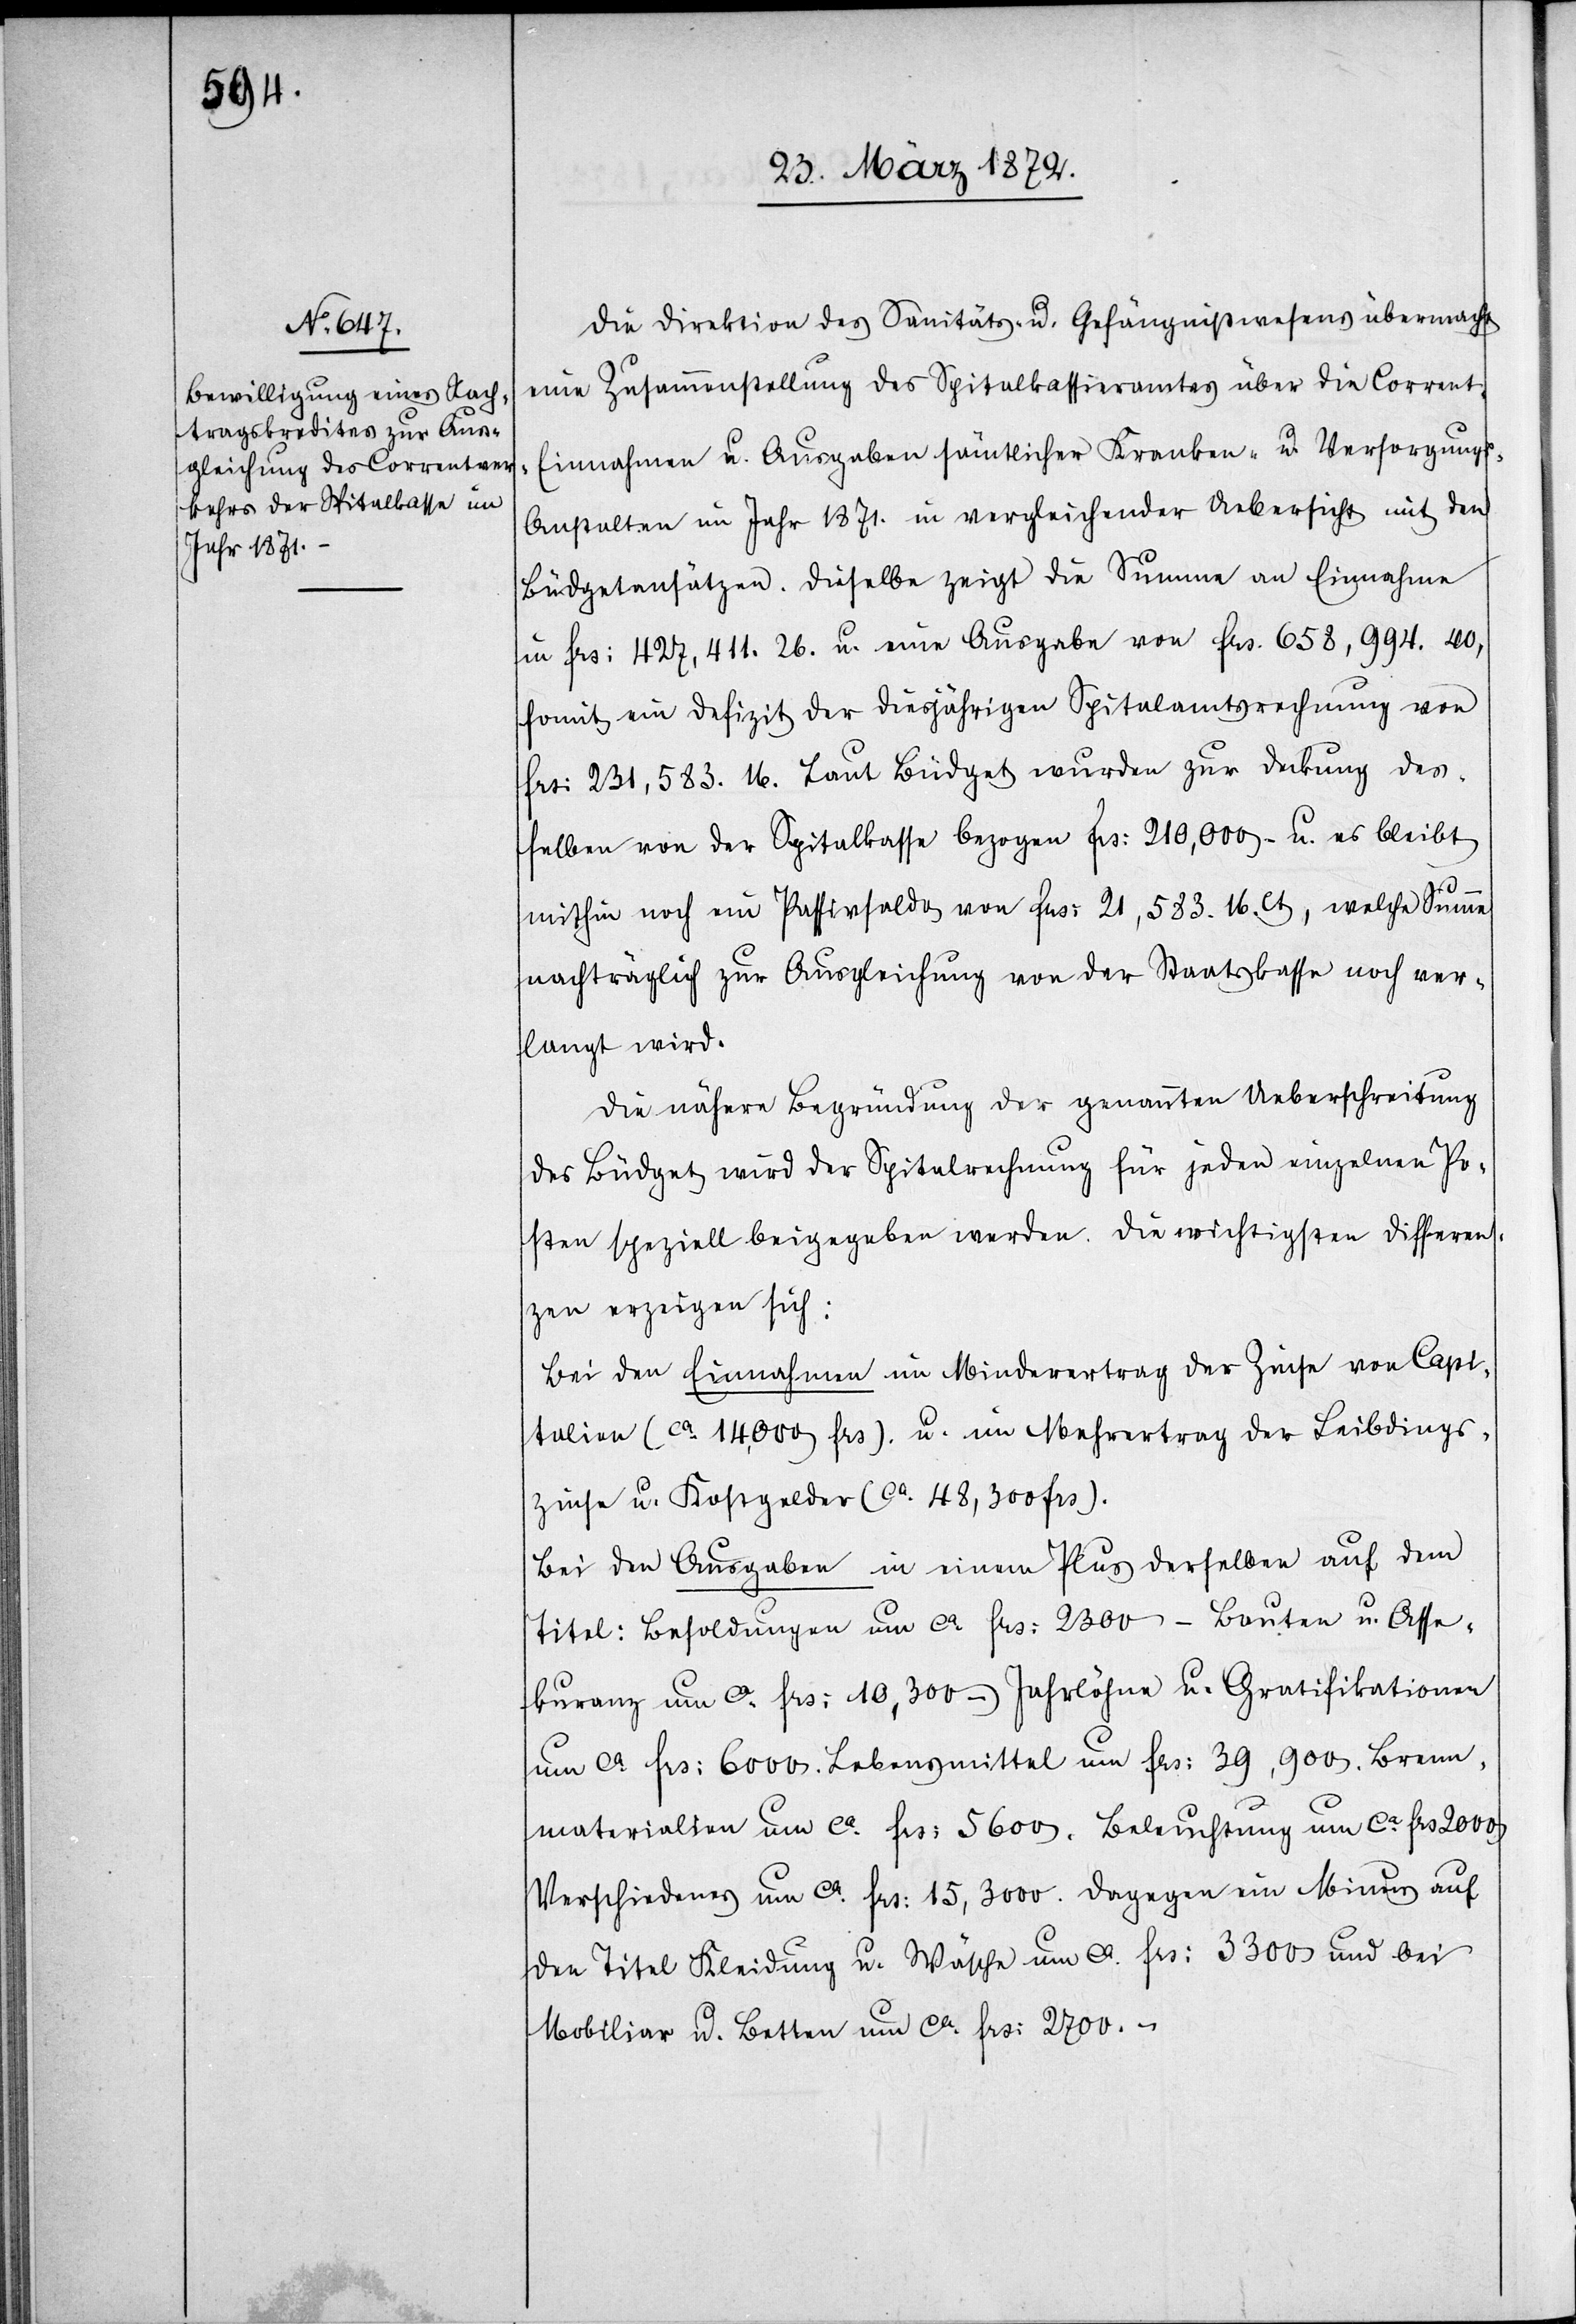
Die Direktion des Sanitäts- u. Gefängnißwesens übermacht
eine Zusammenstellung des Spitalkassieramtes über die Corrent-E¬
innahmen u. Ausgaben sämtlicher Kranken- u. Versorgung¬
s-Anstalten im Jahr 1871. in vergleichender Uebersicht mit den
Büdgetansätzen. Dieselbe zeigt die Summe an Einnahme
in frs: 427,411.26. u. eine Ausgabe von frs. 658,994.40,
somit ein Defizit der diesjährigen Spitalamtsrechnung von
frs: 231,583.16. Laut Büdget wurden zur Deckung des¬
selben von der Spitalkasse bezogen frs: 210,000 - u. es bleibt
mithin noch ein Passivsaldo von frs: 21,583.16ct, welche Summe
nachträglich zur Ausgleichung von der Staatskasse noch ver¬
langt wird.
Die nähere Begründung der genannten Ueberschreitung
des Büdget wird der Spitalrechnung für jeden einzelnen Po¬
sten speziell beigegeben werden. Die wichtigsten Differen¬
zen erzeigen sich:
Bei den Einnahmen im Minderertrag der Zinse von Capi¬
talien (ca 14,000 frs). u. im Mehrertrag der Leibdings¬
zinse u. Kostgelder (ca 48,300 frs).
Bei den Ausgaben in einem Plus derselben auf dem
Titel: Besoldungen um ca frs: 2300 – Bauten u. Asse¬
kuranz um ca frs: 10,300 – Jahrlöhne u. Gratifikationen
um ca frs: 6000. Lebensmittel um frs: 39,900. Brenn¬
materialien um ca frs: 5600. Beleuchtung um ca frs 2000.
Verschiedenes um ca frs: 15,3000 [sic!]. Dagegen ein Minus auf
den Titel Kleidung u. Wäsche um ca frs: 3300 und bei
Mobiliar u. Betten um ca frs: 2700.-